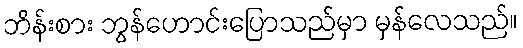
ဘိန်းစား ဘွန်ဟောင်းပြောသည်မှာ မှန်လေသည်။